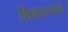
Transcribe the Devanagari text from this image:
शिवतत्त्वाशी